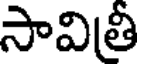
సావిత్రీ